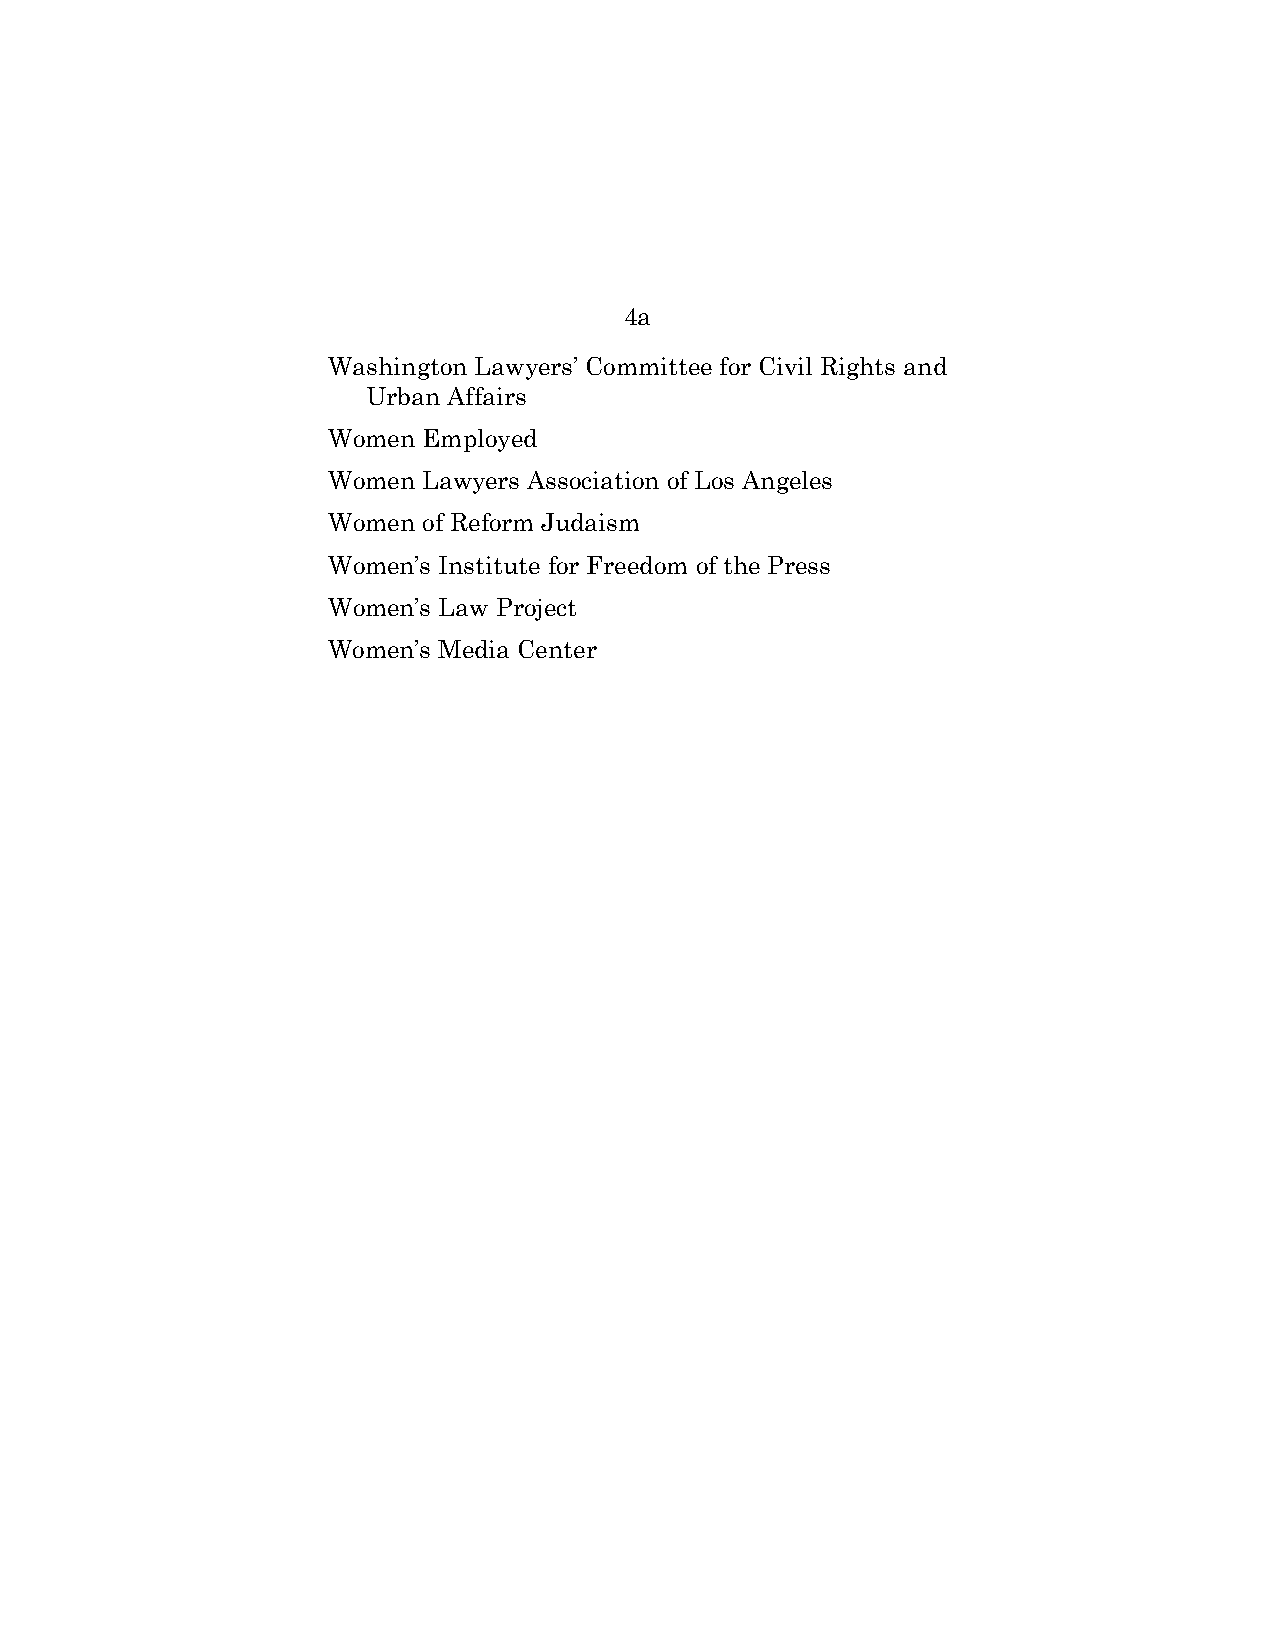
4a
 Washington Lawyers’ Committee for Civil Rights and
 Urban Affairs
 Women Employed
 Women Lawyers Association of Los Angeles
 Women of Reform Judaism
 Women’s Institute for Freedom of the Press
 Women’s Law Project
 Women’s Media Center